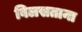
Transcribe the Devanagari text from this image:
विलसताना